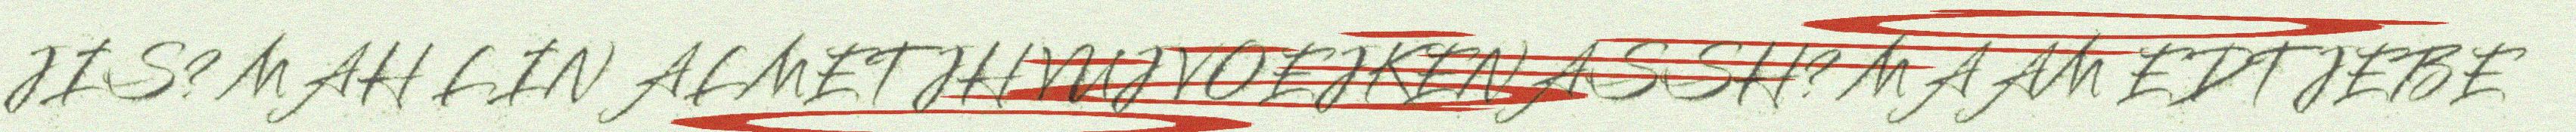
JIS? MAH LIN ALMETJH VUJ VOEJKENASSH? MAAM EDTJEBE